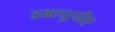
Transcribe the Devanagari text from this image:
डबल्युपीए